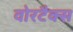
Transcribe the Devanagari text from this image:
वोरटैक्स